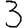
Digit: 3